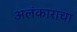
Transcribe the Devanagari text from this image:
अलंकाराचा